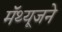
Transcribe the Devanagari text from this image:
मॅथ्यूजने